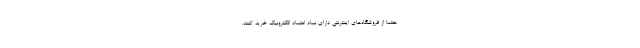
حتما از فروشگاه‌های اینترنتی دارای نماد اعتماد الکترونیک خرید کنند.